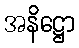
အနိဋ္ဌော